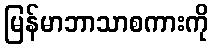
မြန်မာဘာသာစကားကို